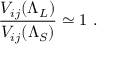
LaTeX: \frac { V _ { i j } ( \Lambda _ { L } ) } { V _ { i j } ( \Lambda _ { S } ) } \simeq 1 \ .